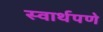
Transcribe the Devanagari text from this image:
स्वार्थपणे